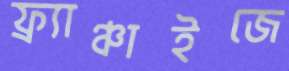
ফ্র্যাঞ্চাইজে